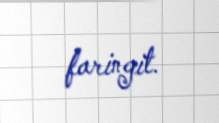
faringit.